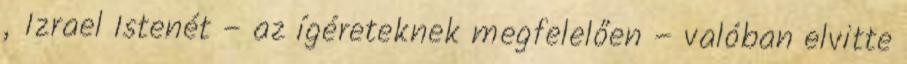
„Izrael Istenét – az ígéreteknek megfelelően – valóban elvitte